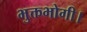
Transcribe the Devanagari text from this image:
भुक्तभोगी।